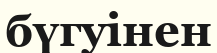
бүгуінен